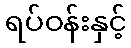
ရပ်ဝန်းနှင့်